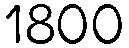
1800